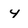
Character: 4